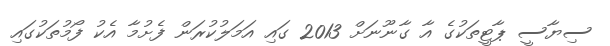
ސިޔާސީ ޕާޓީތަކުގެ އާ ގާނޫނަށް 2013 ގައި އަމަލުކުރަން ފެށުމާ އެކު ފޯމުތަކުގައި